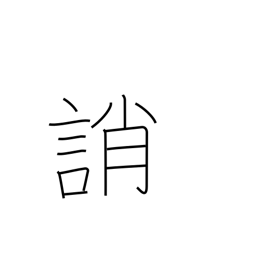
Meaning: blame